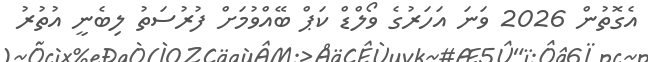
އެގޮތުން 2026 ވަނަ އަހަރުގެ ވޯލްޑް ކަޕް ބޭއްވުމަށް ފުރުސަތު ލިބެނީ އުތުރު